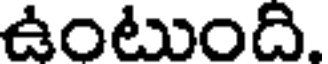
ఉంటుంది.